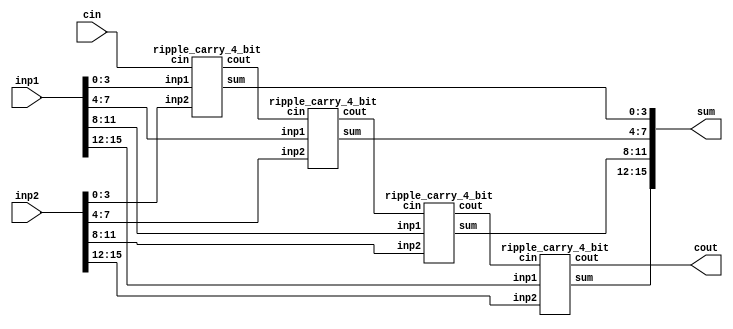
module full_adder_16(inp1, inp2, cin,sum, cout);
  input [15:0] inp1,inp2;
  input cin;
  output [15:0] sum;
  output cout;
  wire c1,c2,c3;

  ripple_carry_4_bit rca1 (
    .inp1(inp1[3:0]),
    .inp2(inp2[3:0]),
    .cin(cin), 
    .sum(sum[3:0]),
    .cout(c1));
  ripple_carry_4_bit rca2(
    .inp1(inp1[7:4]),
    .inp2(inp2[7:4]),
    .cin(c1),
    .sum(sum[7:4]),
    .cout(c2));
ripple_carry_4_bit rca3(
  .inp1(inp1[11:8]),
  .inp2(inp2[11:8]),
  .cin(c2),
  .sum(sum[11:8]),
  .cout(c3));
ripple_carry_4_bit rca4(
  .inp1(inp1[15:12]),
  .inp2(inp2[15:12]),
  .cin(c3),
  .sum(sum[15:12]),
  .cout(cout));
always@(*)begin
  if(cout>0)
    $display(".........exception........");
  end
endmodule

/////////////////////////////////////////////////////////////////////////////////////////////////////////////////////////////////////////////
//4-bit Ripple Carry Adder
module ripple_carry_4_bit(inp1, inp2, cin, sum, cout);
  input [3:0] inp1,inp2;
  input cin;
  wire c1,c2,c3;
  output [3:0] sum;
  output cout;

  full_adder fa0(.inp1(inp1[0]), .inp2(inp2[0]),.cin(cin), .sum(sum[0]),.cout(c1));
  full_adder fa1(.inp1(inp1[1]), .inp2(inp2[1]), .cin(c1), .sum(sum[1]),.cout(c2));
  full_adder fa2(.inp1(inp1[2]), .inp2(inp2[2]), .cin(c2), .sum(sum[2]),.cout(c3));
  full_adder fa3(.inp1(inp1[3]), .inp2(inp2[3]), .cin(c3), .sum(sum[3]),.cout(cout));
endmodule

/////////////////////////////////////////////////////////////////////////////////////////////////////////////////////////////////////////////////
//1bit Full Adder
module full_adder(inp1,inp2,cin,sum, cout);
  input inp1,inp2,cin;
  output sum, cout;
  wire x,y,z;
  half_adder h1(.inp1(inp1), .inp2(inp2), .sum(x), .cout(y));
  half_adder h2(.inp1(x), .inp2(cin), .sum(sum), .cout(z));
  or or_1(cout,z,y);
endmodule

//////////////////////////////////////////////////////////////////////////////////////////////////////////////////////////////////////
// 1 bit Half Adder
module half_adder( inp1,inp2, sum, cout );
  input inp1,inp2;
  output sum, cout;
  xor xor_1 (sum,inp1,inp2);
  and and_1 (cout,inp1,inp2);
endmodule